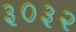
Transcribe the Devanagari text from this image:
३०३२